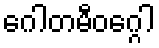
ဂေါတမီဝဂ္ဂေါ